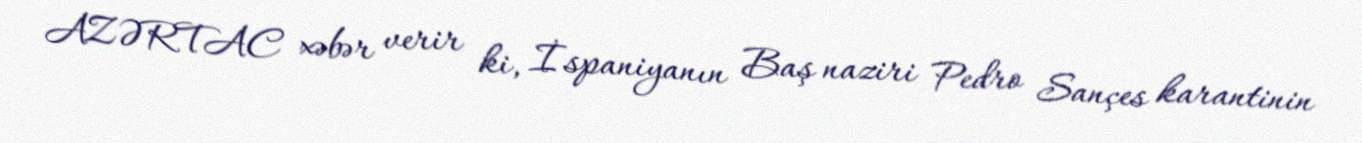
AZƏRTAC xəbər verir ki, İspaniyanın Baş naziri Pedro Sançes karantinin